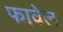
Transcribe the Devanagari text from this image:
फावेल